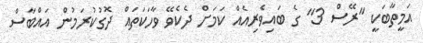
އަމީތާބަކީ ''ރޭސް 3'' ގެ ބައިވެރިއެއް ކަމަށް ދެކެވޭ ވާހަކަތައް ދޮގުކުރަމުން އައްބާސް